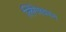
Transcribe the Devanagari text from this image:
लिंगेश्वरन